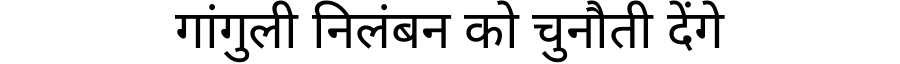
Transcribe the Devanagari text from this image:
गांगुली निलंबन को चुनौती देंगे